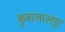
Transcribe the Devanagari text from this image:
कुवालालंपुर